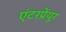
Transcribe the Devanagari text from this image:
एंटरप्रेंयूर